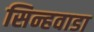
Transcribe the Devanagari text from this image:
सिन्हवाडा